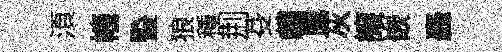
湏幢䜿狼種荆芟鸕臘灰譲嵌轟